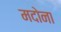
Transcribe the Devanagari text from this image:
मदोना